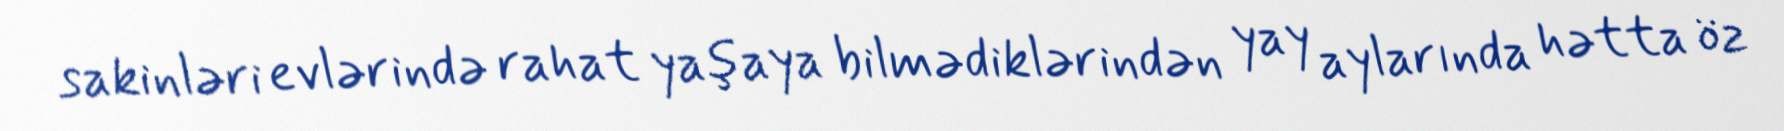
sakinləri evlərində rahat yaşaya bilmədiklərindən yay aylarında hətta öz